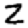
Digit: 2